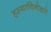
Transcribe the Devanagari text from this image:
हस्याविनोडणे